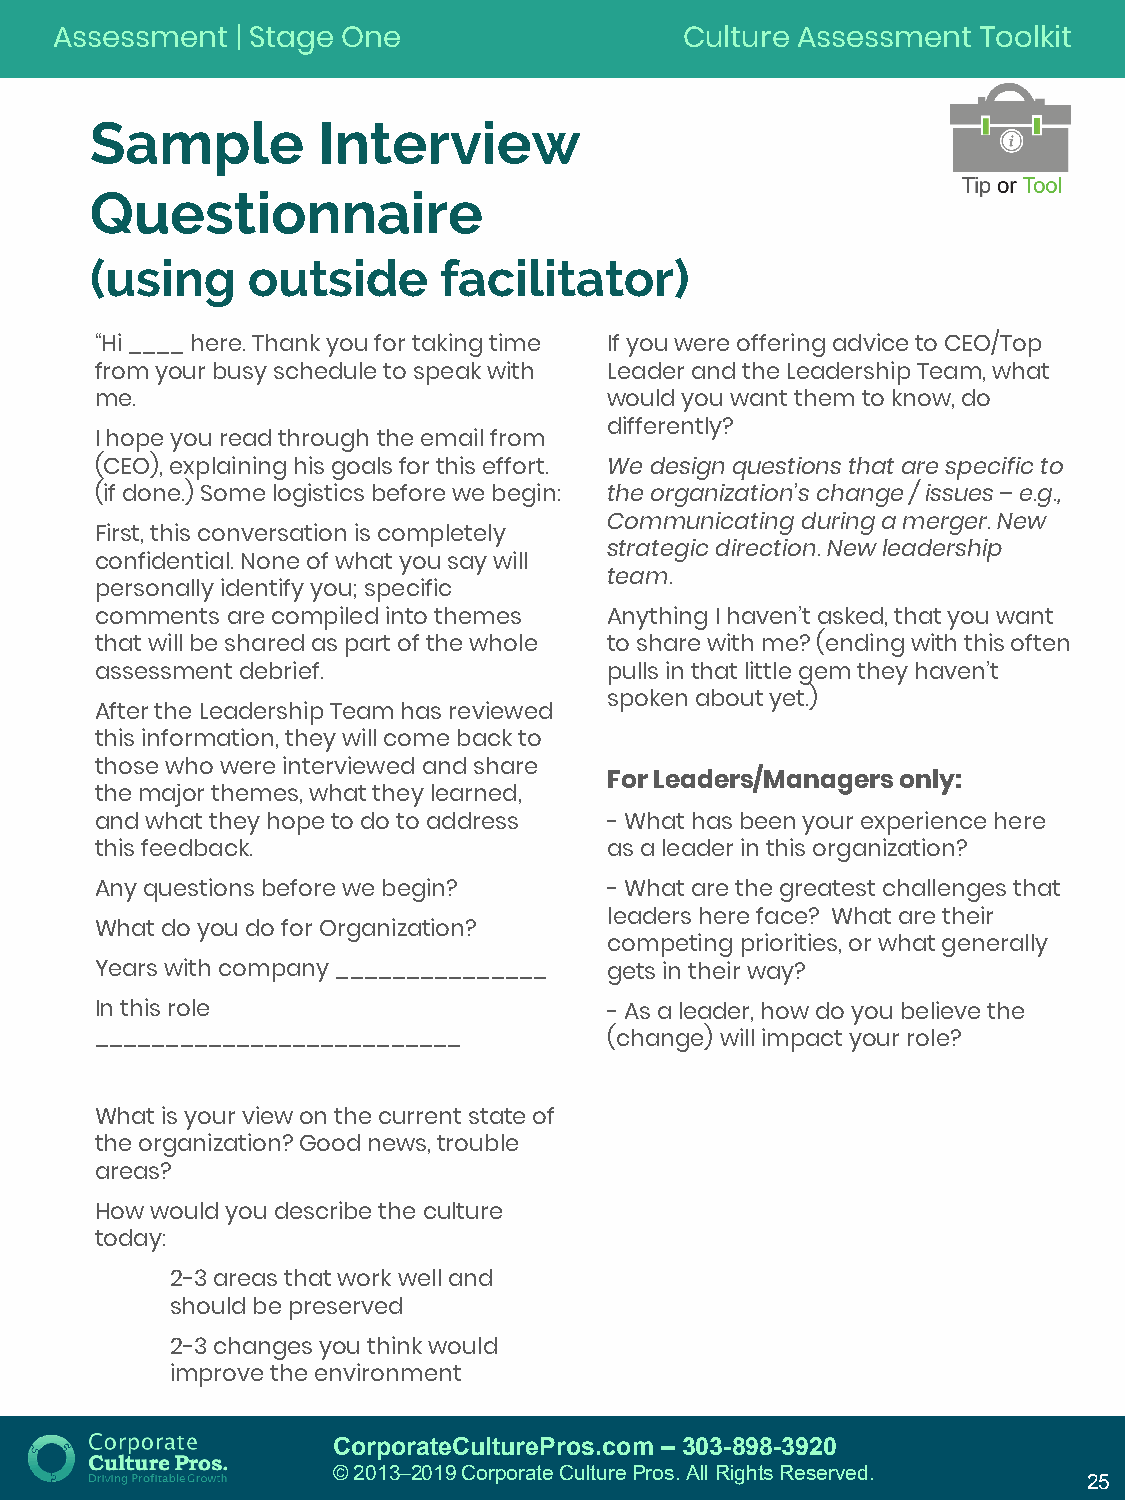
Assessment   | Stage One                  Culture Assessment  Toolkit
 Sample         Interview
 Questionnaire
 (using    outside      facilitator)
 “Hi ____ here. Thank you for taking time If you were offering advice to CEO/Top
 from your busy schedule to speak with Leader and the Leadership Team, what
 me.                               would you want them to know, do
 differently?
 I hope you read through the email from
 (CEO), explaining his goals for this effort. We design questions that are specific to
 (if done.) Some logistics before we begin: the organization’s change / issues –e.g.,
 Communicating during a merger. New
 First, this conversation is completely
 strategic direction. New leadership
 confidential. None of what you say will
 team.
 personally identify you; specific
 comments are compiled into themes Anything I haven’t asked, that you want
 that will be shared as part of the whole to share with me? (ending with this often
 assessment debrief.               pulls in that little gem they haven’t
 spoken about yet.)
 After the Leadership Team has reviewed
 this information, they will come back to
 those who were interviewed and share
 For Leaders/Managers only:
 the major themes, what they learned,
 and what they hope to do to address -What has been your experience here
 this feedback.                    as a leader in this organization?
 Any questions before we begin?    -What are the greatest challenges that
 leaders here face? What are their
 What do you do for Organization?
 competing priorities, or what generally
 Years with company _______________ gets in their way?
 In this role                      -As a leader, how do you believe the
 __________________________        (change) will impact your role?
 What is your view on the current state of
 the organization? Good news, trouble
 areas?
 How would you describe the culture
 today:
 2-3 areas that work well and
 should be preserved
 2-3 changes you think would
 improve the environment
 CorporateCulturePros.com – 303-898-3920
 © 2013─2019 Corporate Culture Pros. All Rights Reserved.
 25